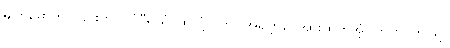
မျက်မှောက်ပြုခြင်းငှာ။ တံဝီရိယံ၊ ထိုလုံ့လကို။ အရဗ္ဘာမိ၊ အားထုတ်အံ့။ ဣတိ၊ ဤသို့။